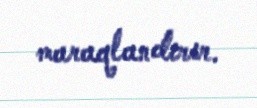
maraqlandırır.